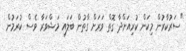
"ސަރުކާރުން މިކަން ކުރިއަށްދާ ގޮތް ވަރަށް ގާތުން ބަލައި މަޝްވަރާ ވެސް ކުރަމުން